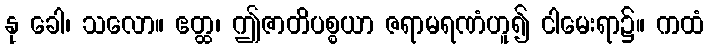
နု ခေါ၊ သလော။ ဧတ္ထ၊ ဤဇာတိပစ္စယာ ဇရာမရဏံဟူ၍ ငါမေးရာ၌။ ကထံ